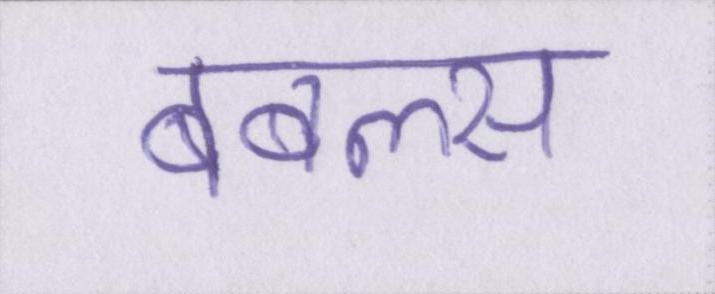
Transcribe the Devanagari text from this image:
बबल्स